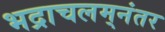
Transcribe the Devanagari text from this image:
भद्राचलम्‌नंतर